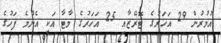
އުމުރުން 29 އަހަރުގެ ޓޮރޭޒާއި 25 އަހަރުގެ މާޓާ އަކީ އެންމެ ފަހުގެ